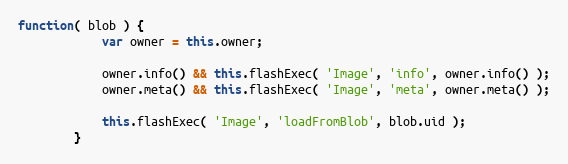
Language: JavaScript
function( blob ) {
            var owner = this.owner;

            owner.info() && this.flashExec( 'Image', 'info', owner.info() );
            owner.meta() && this.flashExec( 'Image', 'meta', owner.meta() );

            this.flashExec( 'Image', 'loadFromBlob', blob.uid );
        }